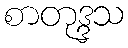
စာတုဒ္ဒသ